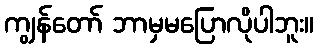
ကျွန်တော် ဘာမှမပြောလိုပါဘူး။